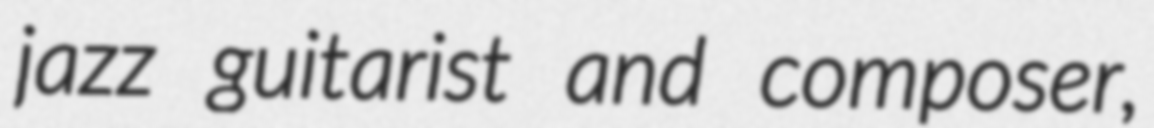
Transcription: jazz guitarist and composer,